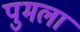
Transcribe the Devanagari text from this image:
पुमला